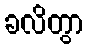
ခလိတွာ